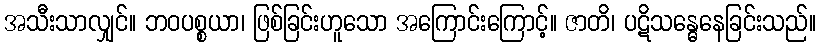
အသီးသာလျှင်။ ဘဝပစ္စယာ၊ ဖြစ်ခြင်းဟူသော အကြောင်းကြောင့်။ ဇာတိ၊ ပဋိသန္ဓေနေခြင်းသည်။